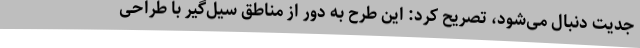
جدیت دنبال می‌شود، تصریح کرد: این طرح به دور از مناطق سیل‌گیر با طراحی